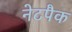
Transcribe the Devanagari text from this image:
नेटपैक